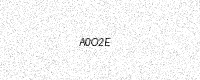
Text: A0O2E